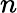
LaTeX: n